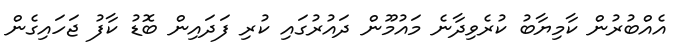
އެއްބުރުން ކާމިޔާބު ކުރެވިދާނެ މައުމޫން ދައުރުގައި ކުރި ފަދައިން ބޮޑު ކާފު ޖަހައިގެން